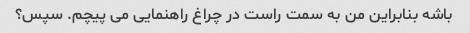
باشه بنابراین من به سمت راست در چراغ راهنمایی می پیچم. سپس؟